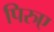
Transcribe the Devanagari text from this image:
पिरुए